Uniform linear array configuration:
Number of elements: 24
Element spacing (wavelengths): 0.5
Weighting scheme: binomial
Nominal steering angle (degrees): -45
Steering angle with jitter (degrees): -46.224
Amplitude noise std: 0.05
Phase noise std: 0.05

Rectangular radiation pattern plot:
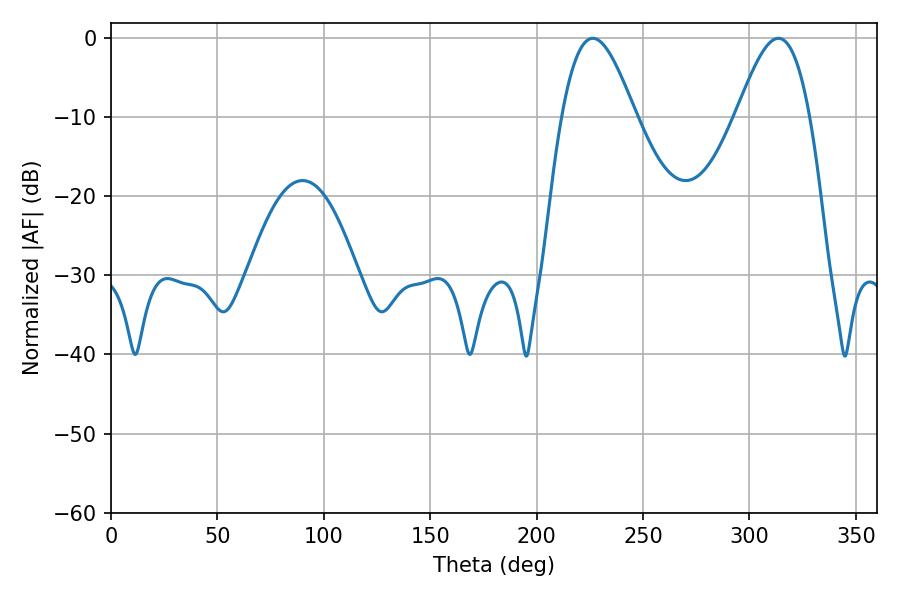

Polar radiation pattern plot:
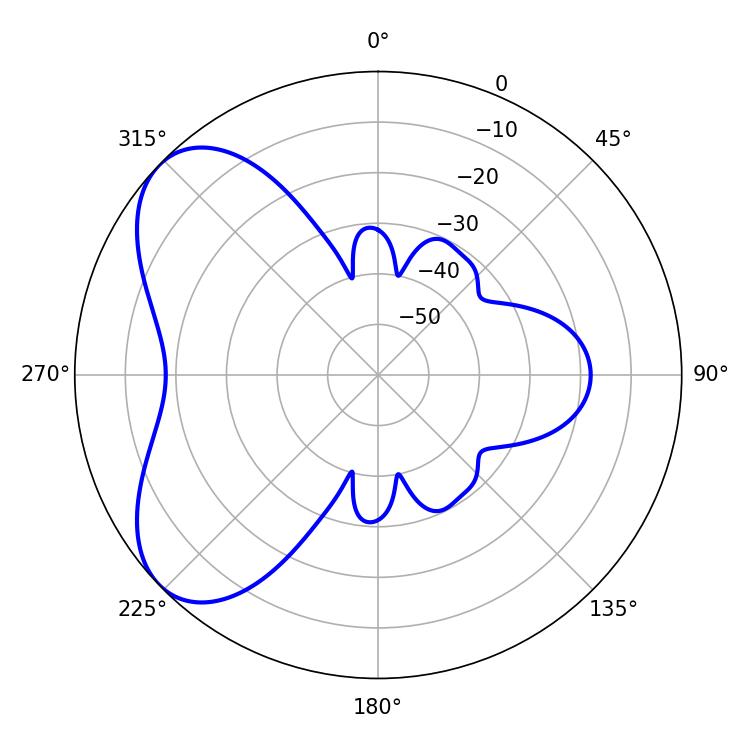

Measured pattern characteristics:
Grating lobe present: FALSE
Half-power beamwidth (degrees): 18.54
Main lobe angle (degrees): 226.44